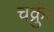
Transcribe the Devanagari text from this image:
चक्रुः